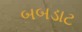
બબડાટ